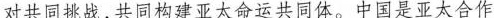
对共同挑战，共同构建亚太命运共同体。中国是亚太合作